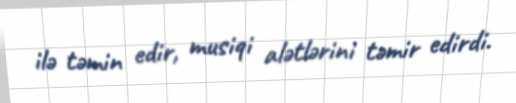
ilə təmin edir, musiqi alətlərini təmir edirdi.